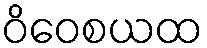
ဝိဝေစယထ